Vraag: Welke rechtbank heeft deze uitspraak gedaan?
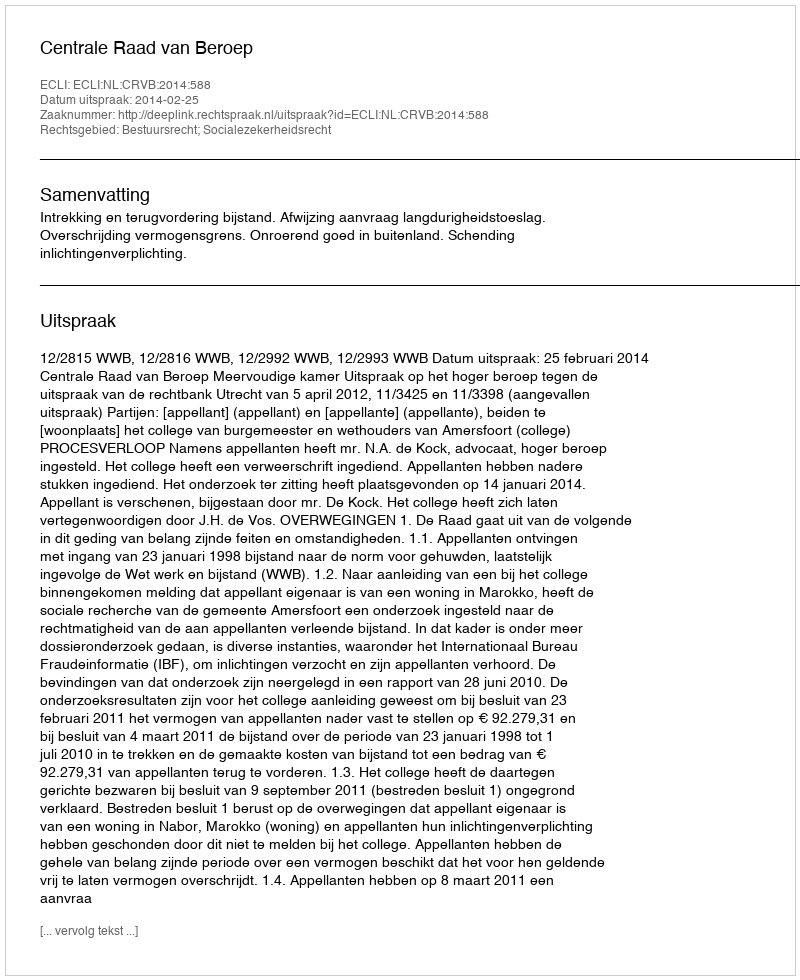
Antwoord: Centrale Raad van Beroep